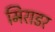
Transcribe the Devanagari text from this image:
मिराडर